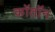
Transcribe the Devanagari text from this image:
कॉतॉन